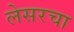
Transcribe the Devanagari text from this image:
लेसरचा